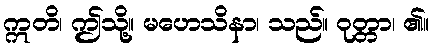
ဣတိ၊ ဤသို့။ မဟေသိနာ၊ သည်။ ဝုတ္တာ၊ ၏။